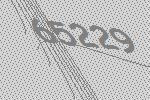
65229